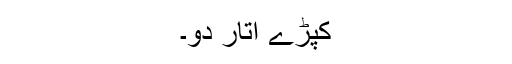
کپڑے اتار دو۔